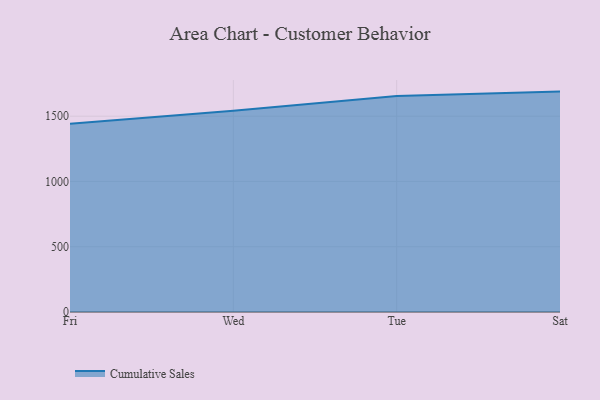
{"axis": {"x": "Day", "y": "Page Views"}, "legend": ["Cumulative Sales"], "data": [{"x": "Fri", "y": 1441.8, "type": "Cumulative Sales"}, {"x": "Wed", "y": 1542.2, "type": "Cumulative Sales"}, {"x": "Tue", "y": 1654.0, "type": "Cumulative Sales"}, {"x": "Sat", "y": 1688.3, "type": "Cumulative Sales"}]}